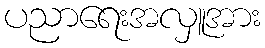
ပညာရေးအလှူအား